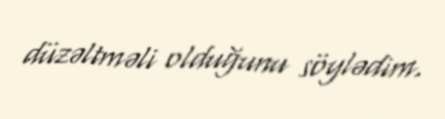
düzəltməli olduğunu söylədim.